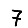
Digit: 7